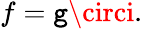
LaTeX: f=\mathtt{g}\circi.